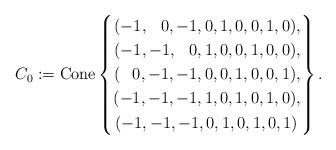
LaTeX: \begin{align*}C_{0}:=\mathrm{Cone}\left\{ \begin{aligned}(-1,\;\;\,0,-1,0,1,0,0,1,0),\\(-1,-1,\,\;\;0,1,0,0,1,0,0),\\(\;\;\,0,-1,-1,0,0,1,0,0,1),\\(-1,-1,-1,1,0,1,0,1,0),\\(-1,-1,-1,0,1,0,1,0,1)\,\end{aligned}\right\} .\end{align*}